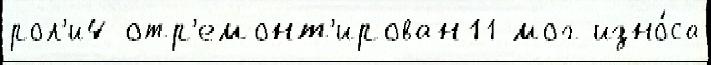
рол'и4 отр'емонт'ирован11 мог изно́са